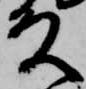
殿